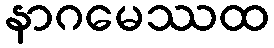
နာဂမေဿထ